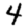
Digit: 4